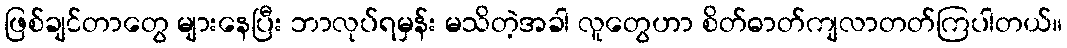
ဖြစ်ချင်တာတွေ များနေပြီး ဘာလုပ်ရမှန်း မသိတဲ့အခါ လူတွေဟာ စိတ်ဓာတ်ကျလာတတ်ကြပါတယ်။